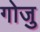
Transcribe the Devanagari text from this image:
गोजु